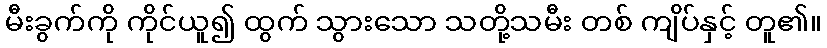
မီးခွက်ကို ကိုင်ယူ၍ ထွက် သွားသော သတို့သမီး တစ် ကျိပ်နှင့် တူ၏။